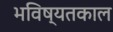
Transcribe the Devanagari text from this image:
भविष्यतकाल